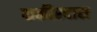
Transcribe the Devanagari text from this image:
फकीरदास